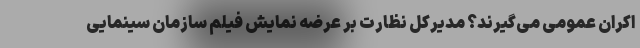
اکران عمومی می‌گیرند؟ مدیرکل نظارت بر عرضه نمایش فیلم سازمان سینمایی